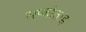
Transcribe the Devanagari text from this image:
सप्जोताह